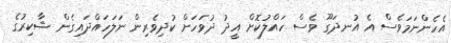
އެހެންނަމަވެސް އެ އުނދަގޫ ވެސް ހައްލުކޮށް އީދު ދުވަހަށް ކުދިވެރިން ނަލަހައްދައިގެން ޝާކިރުގެ